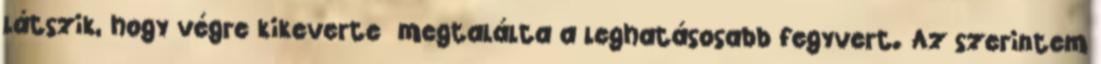
látszik, hogy végre kikeverte megtalálta a leghatásosabb fegyvert. Az szerintem